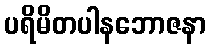
ပရိမိတပါနဘောဇနာ